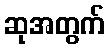
ဆုအတွက်